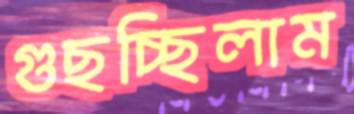
গুছচ্ছিলাম